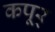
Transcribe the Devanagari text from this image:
कपूर्